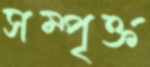
সম্পৃক্ত